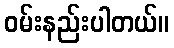
ဝမ်းနည်းပါတယ်။